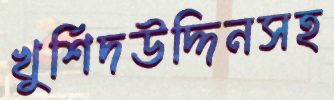
খুর্শিদউদ্দিনসহ